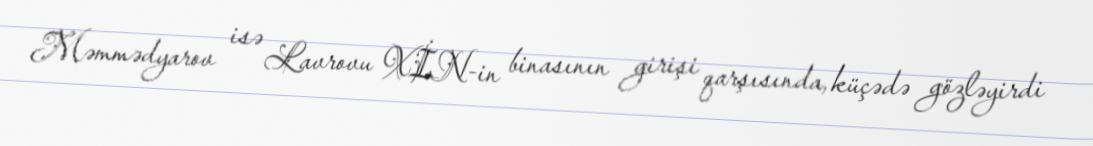
Məmmədyarov isə Lavrovu XİN-in binasının girişi qarşısında, küçədə gözləyirdi